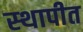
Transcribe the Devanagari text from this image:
स्‍थापीत